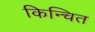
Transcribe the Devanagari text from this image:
किन्चित